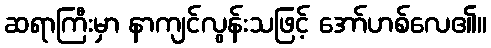
ဆရာကြီးမှာ နာကျင်လွန်းသဖြင့် အော်ဟစ်လေ၏။